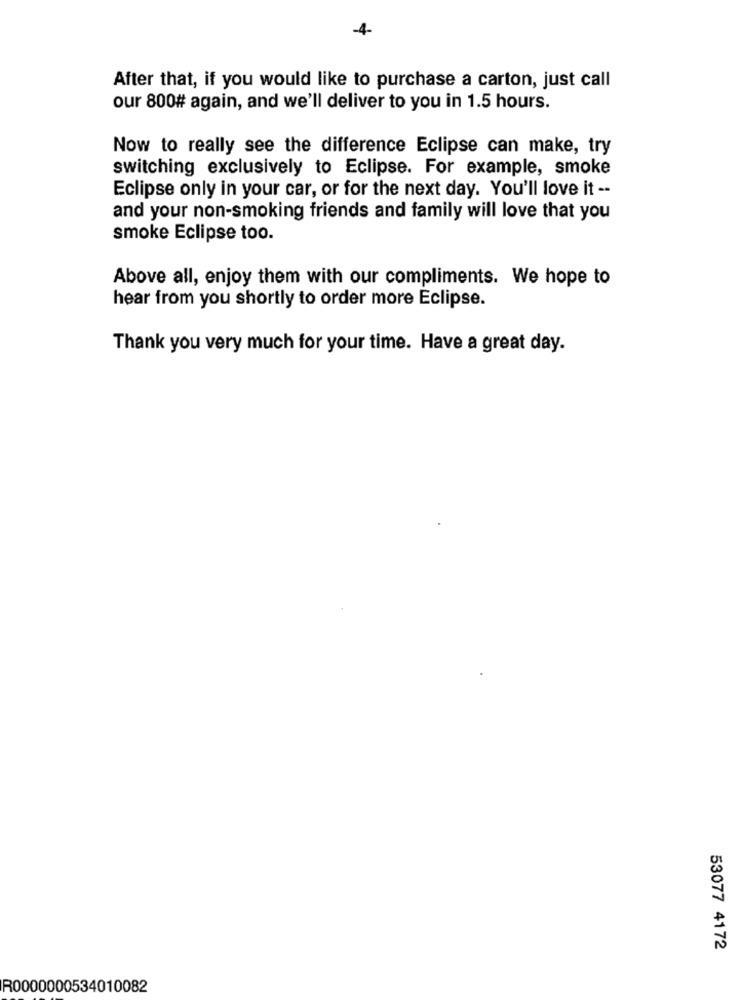
-4
After that, if you would like to purchase a carton, just call
our 800# again, and we'll deliver to you in 1.5 hours.
Now to really see the difference Eclipse can make, try
switching exclusively to Eclipse. For example, smoke
Eclipse only in your car, or for the next day. You'll love it --
and your non-smoking friends and family will love that you
smoke Eclipse too.
Above all, enjoy them with our compliments. We hope to
hear from you shortly to order more Eclipse.
Thank you very much for your time. Have a great day.
53077 4172
R0000000534010082